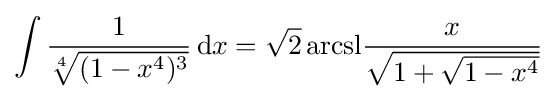
\int {\frac {1}{\sqrt[{4}]{(1-x^{4})^{3}}}}\,\mathrm {d} x={{\sqrt {2}}\operatorname {arcsl} }{\frac {x}{\sqrt {1+{\sqrt {1-x^{4}}}}}}